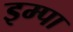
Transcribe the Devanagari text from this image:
इम्पा